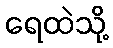
ရေထဲသို့